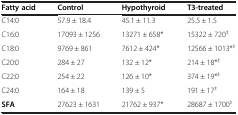
| Fatty acid | Control | Hypothyroid | T3-treated |
 | --- | --- | --- | --- |
 | C14:0 | 57.9 ± 18.4 | 45.1 ± 11.3 | 25.5 ± 1.5 |
 | C16:0 | 17093 ± 1256 | 13271 ± 658* | 15322 ± 720‡ |
 | C18:0 | 9769 ± 861 | 7612 ± 424* | 12566 ± 1013*‡ |
 | C20:0 | 284 ± 27 | 132 ± 12* | 214 ± 18*‡ |
 | C22:0 | 254 ± 22 | 126 ± 10* | 374 ± 19*‡ |
 | C24:0 | 164 ± 18 | 139 ± 5 | 191 ± 17‡ |
 | SFA | 27623 ± 1631 | 21762 ± 937* | 28687 ± 1700‡ |